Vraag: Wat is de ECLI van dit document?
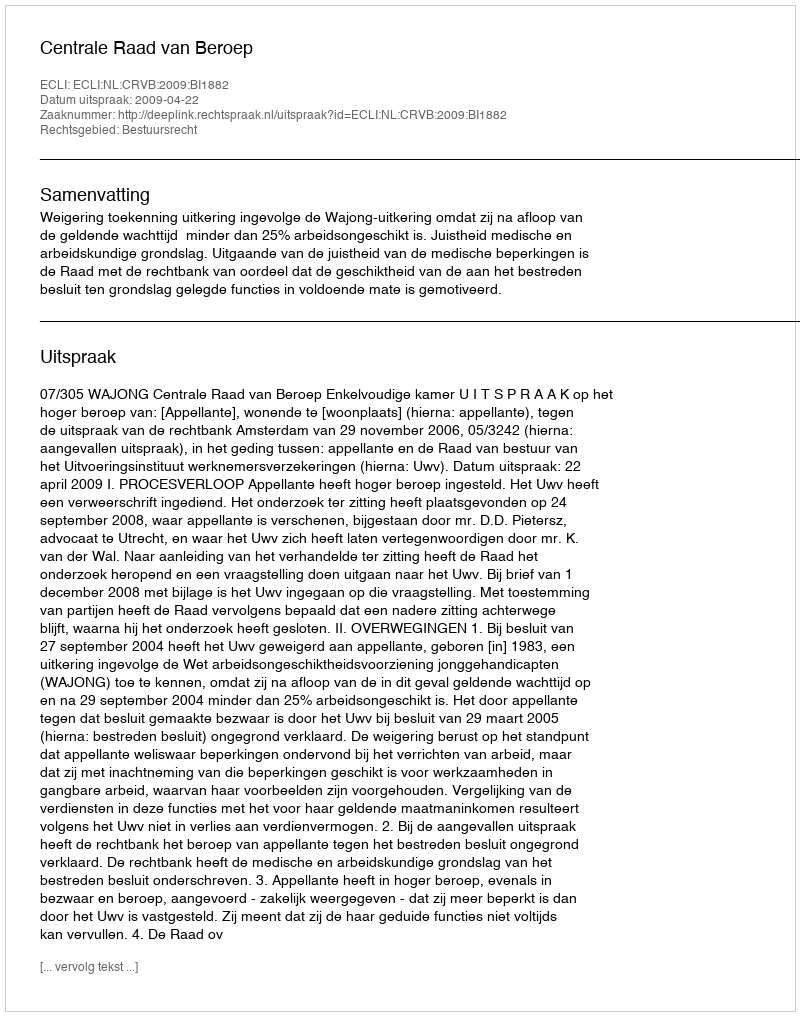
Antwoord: ECLI:NL:CRVB:2009:BI1882